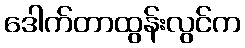
ဒေါက်တာထွန်းလွင်က